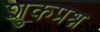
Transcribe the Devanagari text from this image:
शुकप्रश्न